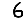
Digit: 6